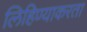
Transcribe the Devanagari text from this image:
लिहिण्याकरता